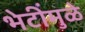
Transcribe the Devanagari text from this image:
भेटींमुळे